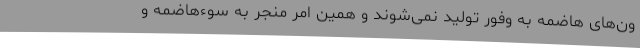
ون‌های هاضمه به وفور تولید نمی‌شوند و همین امر منجر به سوءهاضمه و